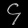
Digit: ၄